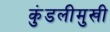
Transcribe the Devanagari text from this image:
कुंडलीमुखी